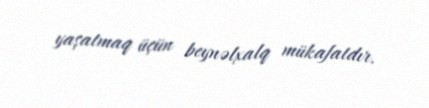
yaşatmaq üçün beynəlxalq mükafatdır.